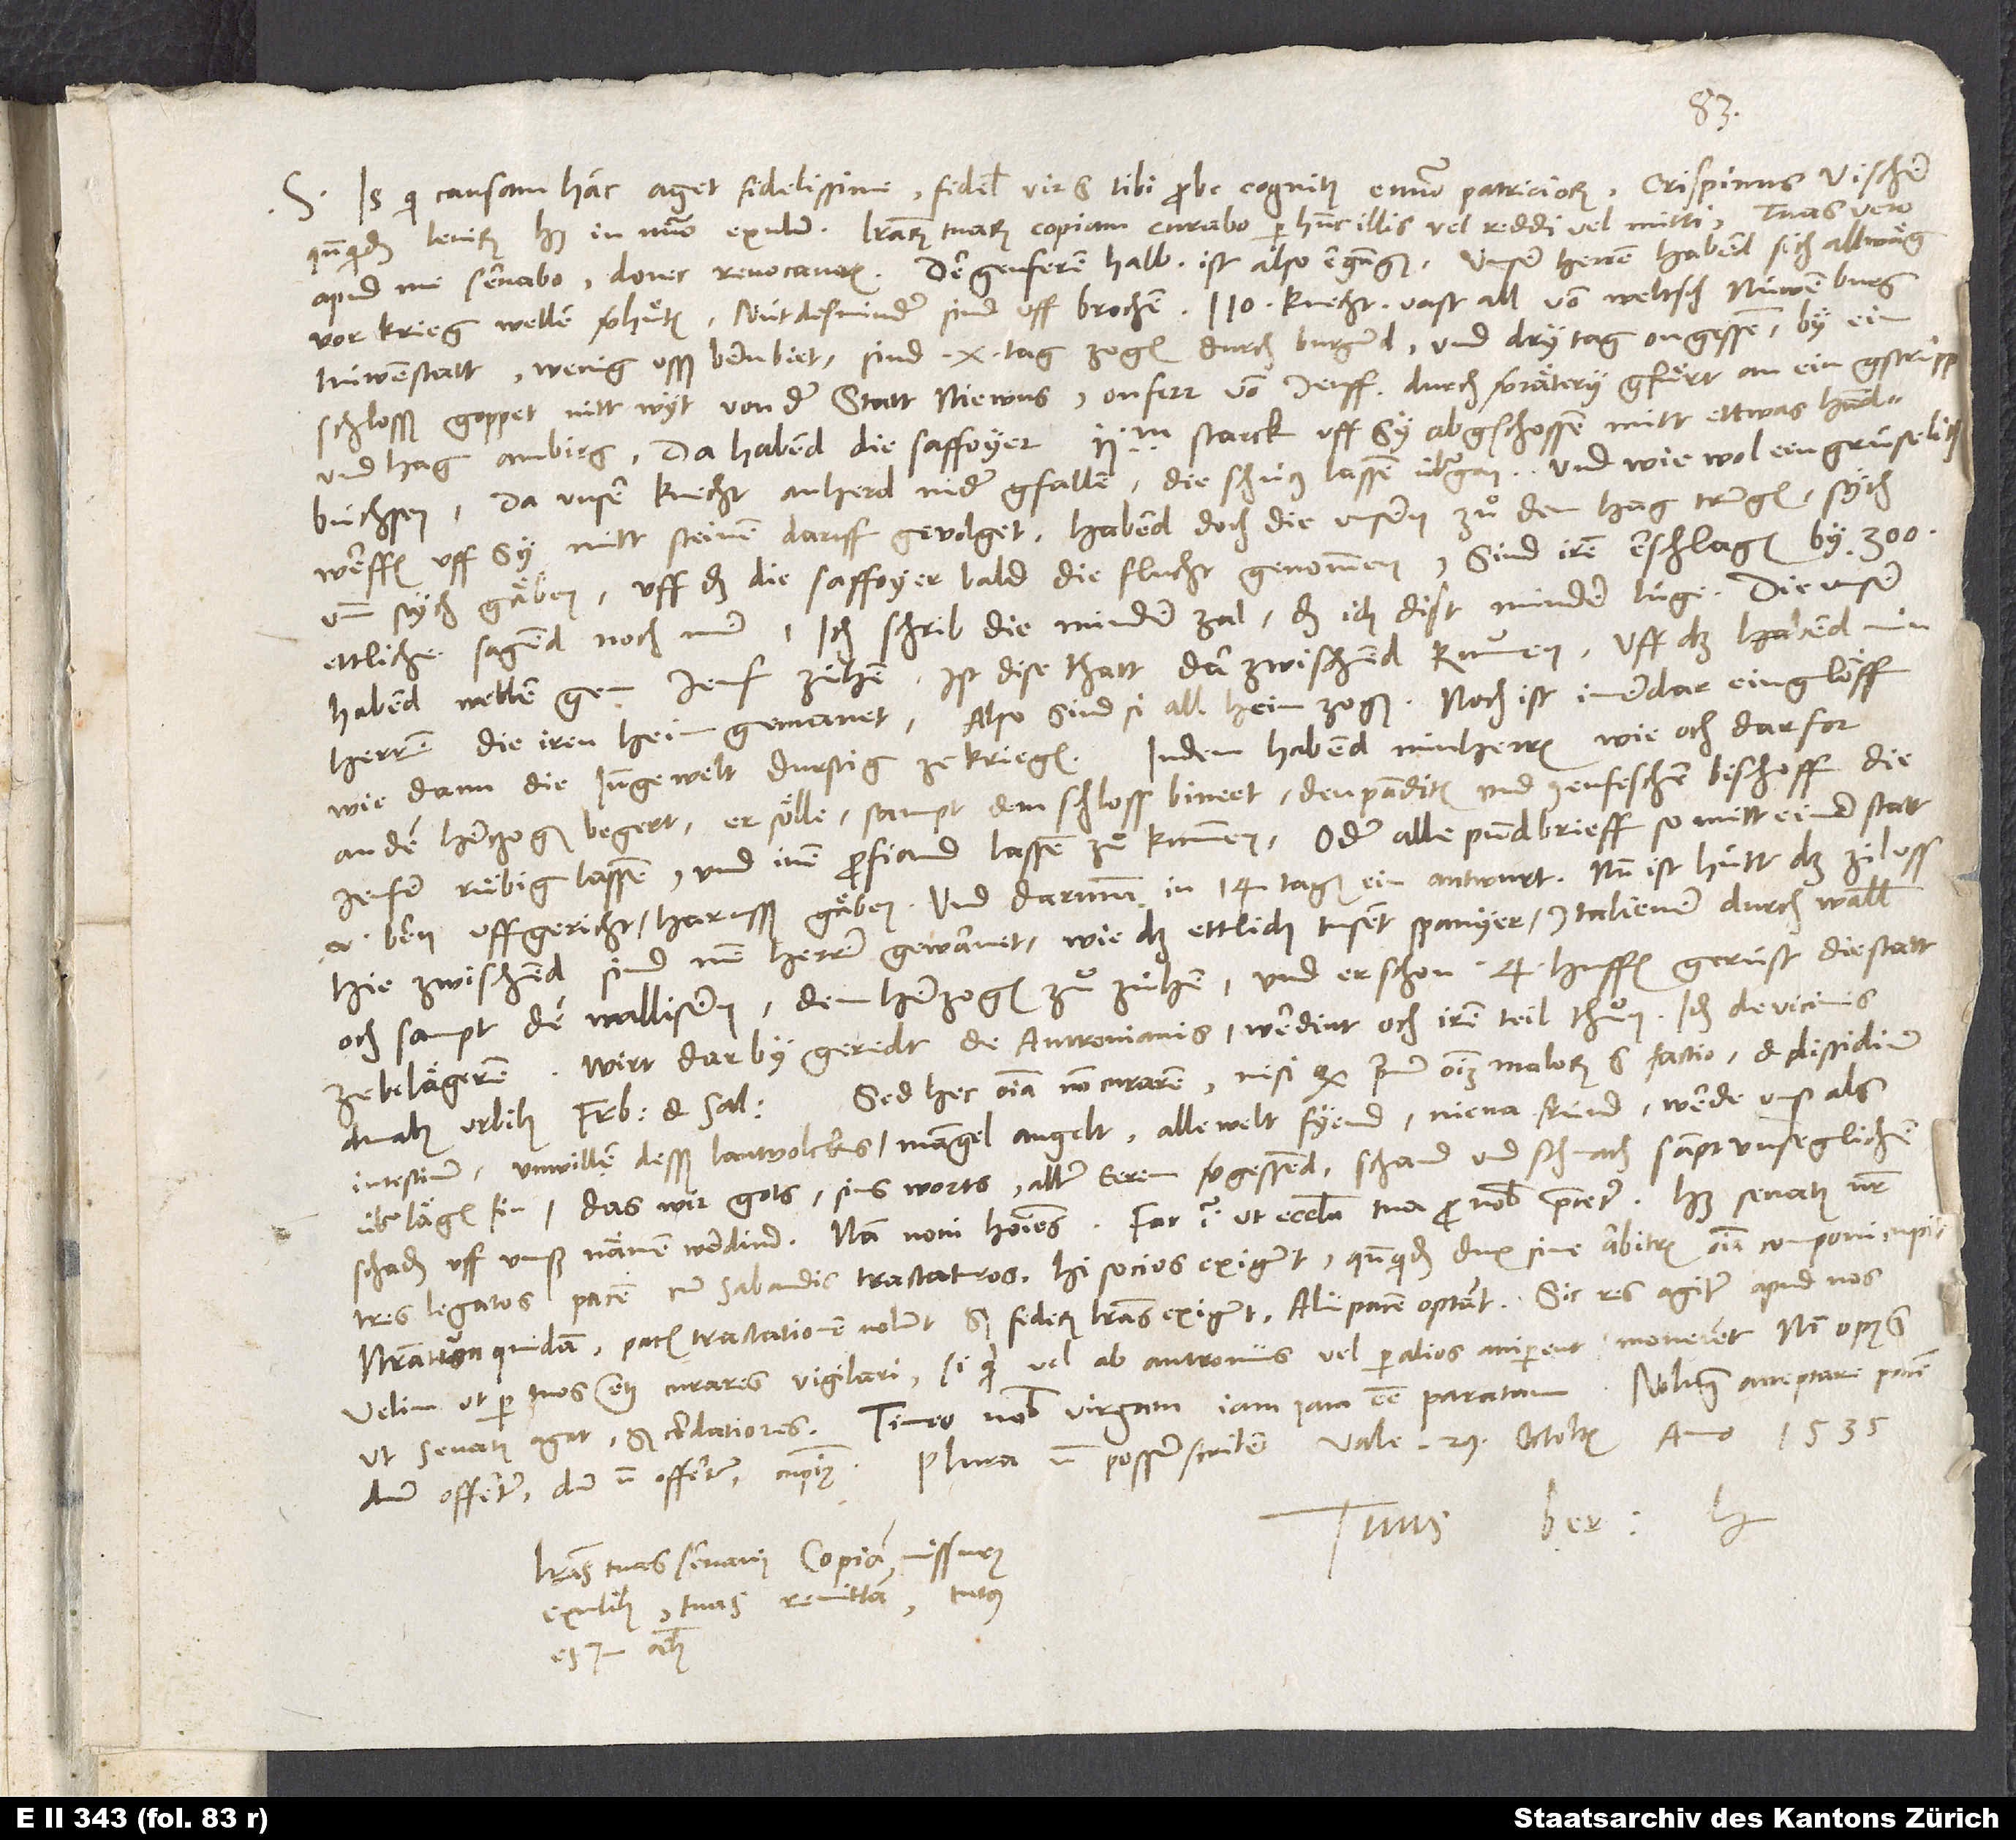
S. Is, qui causam hanc aget fidelissime, fidelis vir et tibi probe cognitus e numero patriciorum, Crispinus Vischer,
quandoquidem levirum habet in numero exulum, literarum tuarum copiam curabo per hunc illis vel reddi vel mitti, tuas vero
vor krieg wellen verhuͤten; nütdestminder sind uffbrochen 110 knecht, vast all von weltsch Nüwenburg,
Nüwenstatt, wenig uss Bernbiet, sind 10 tag zogen durch Burgund, und dry tag ongessen, by eim
schlosß Goppet, nitt wyt von der statt Niewus, onferr von Jenff, durch verrätery gfuͤrt an ein gstrüpp
und hag am birg. Da habend die Saffoyer 2000 starck uff sy abgschossen mitt ettwas handbüchsen,
unser knecht an herd nider gfallen, die schücz lassen übergon. Und wie wol ein grüselich
werfen uff sy mitt steinen daruff gevolget, habend doch die unsern zuͦ dem hag trungen, stych
umb stych gäben, uff das die Saffoyer bald die flucht genommen. Sind iren erschlagen by 300,
ettliche sagend noch mer. Ich schrib die minder zal, daß ich dist minder lüge. Die unser
habend wellen gen Jenf ziehen, ist dise thatt darzwischend kummen. Uff das habend min
herren die iren heim gemanet, also sind si all heimzogen. Noch ist imerdar ein glöff,
an den herczogen begert, er sölle sampt dem schloss Bineet, den panditen und jenfischen bischoff die
Jenfer ruͤbig lassen und inen profiand lassen zuͦ kummen oder alle pundbrieff, so mitt einer statt
von Bern uffgericht, harusßgäben, und darumb in 14 tagen ein antwurt. Nun ist hütt das zil uss.
Hie zwischend sind min herren gewarnet, wie daß ettlich tusent Spanyer, Italiener durch Wallis,
och sampt den Wallisern, dem herzogen zuͦ zühen und er schon 4 hüffen gerüst, die statt
ze belägeren. Wirt darby geredt de Antronianis, werdint och iren teil thuͦn, . , unwillen
desß lantvolcks, mangel an gelt, alle welt fyend, niena fründ, werde unß als
überlägen sin, das wir gots, sins worts, aller eeren vergessend, schand und schmach sampt unseglichem
schaden uff unß nämen werdind, nam . Fac igitur, ut ecclesia tua pro nobis precetur. Habet senatus noster
tres legatos pacem cum Sabaudis tractaturos. Hi socios exigunt, quandoquidem dux sine arbitris omnia componi cupit.
Nostratium quidam pacis tractationem nolunt, sed federis literas exigunt, alii pacem optant. Sic res agitur apud nos.
Velim, ut per tuos etiam curares vigilari, si quid vel ab Antroniis vel per alios acciperent, monerent. Non opus
ut senatus agat, sed cordatiores. Timeo nobis virgam iamiam esse paratam. Nolumus acceptare pacem,
Tuus
Literas tuas servavi copiam missurus
exulibus. Tuas remittam. Tutus
es in omnibus.